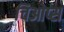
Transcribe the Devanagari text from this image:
चिओप्स